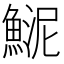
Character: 𩸦